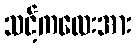
သင့်ကလေးအား